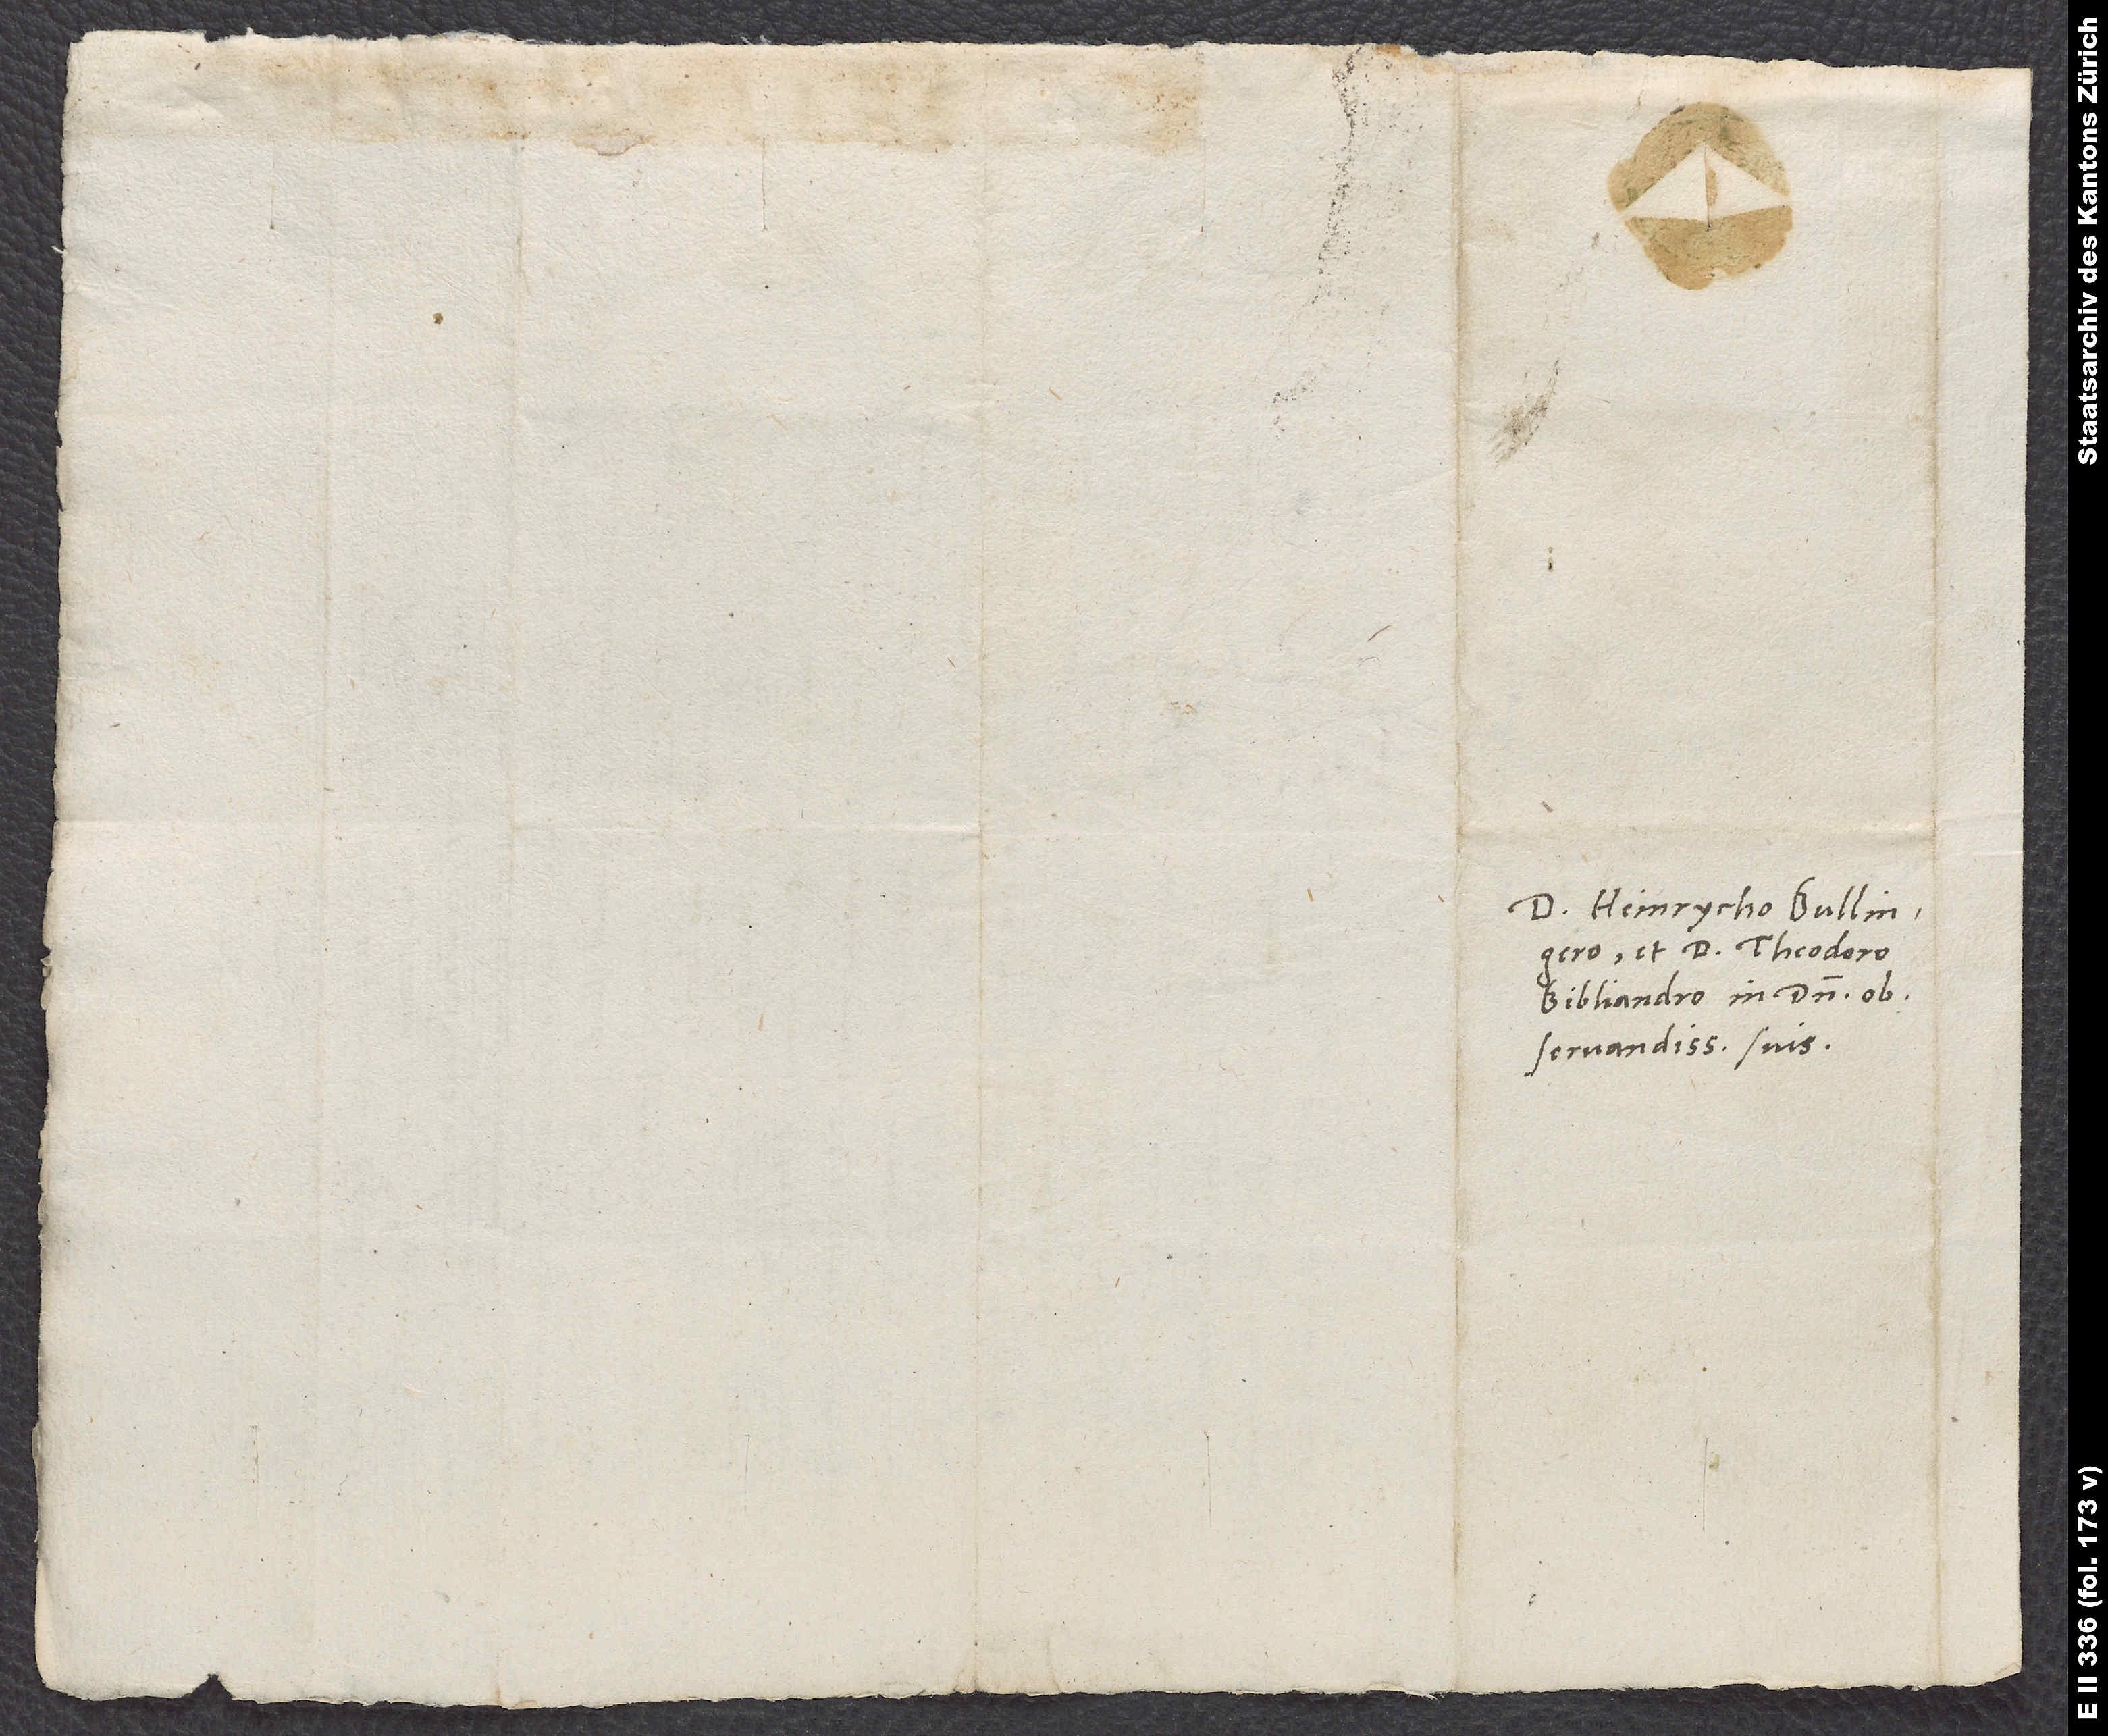
Domino Heinrycho Bullingero
et d. Theodoro
Bibliandro, in domino
observandissimis suis.